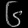
Digit: ၆